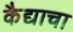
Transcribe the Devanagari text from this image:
कैद्याचा